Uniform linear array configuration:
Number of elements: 12
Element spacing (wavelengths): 0.25
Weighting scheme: cosine
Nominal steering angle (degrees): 0
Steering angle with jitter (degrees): -1.85
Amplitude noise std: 0.05
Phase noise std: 0.05

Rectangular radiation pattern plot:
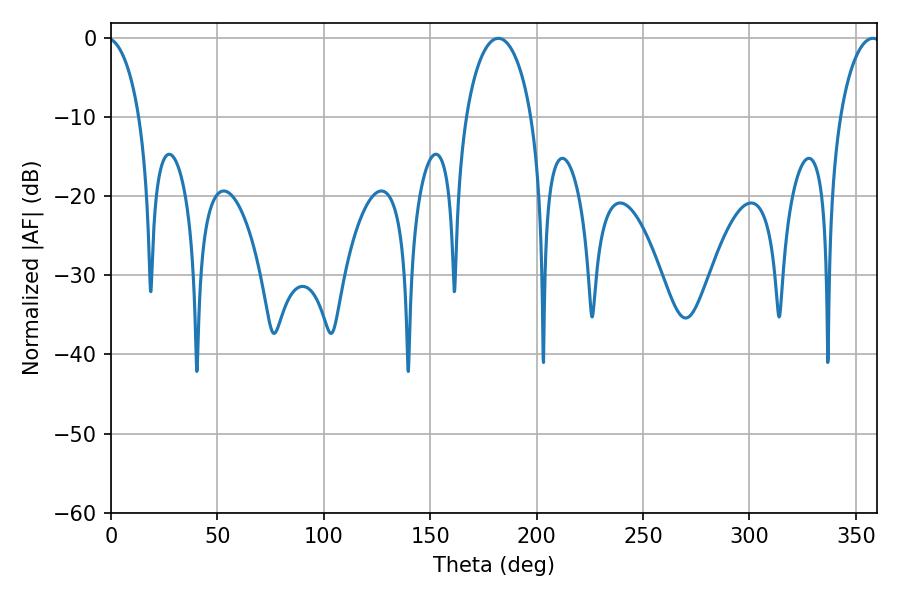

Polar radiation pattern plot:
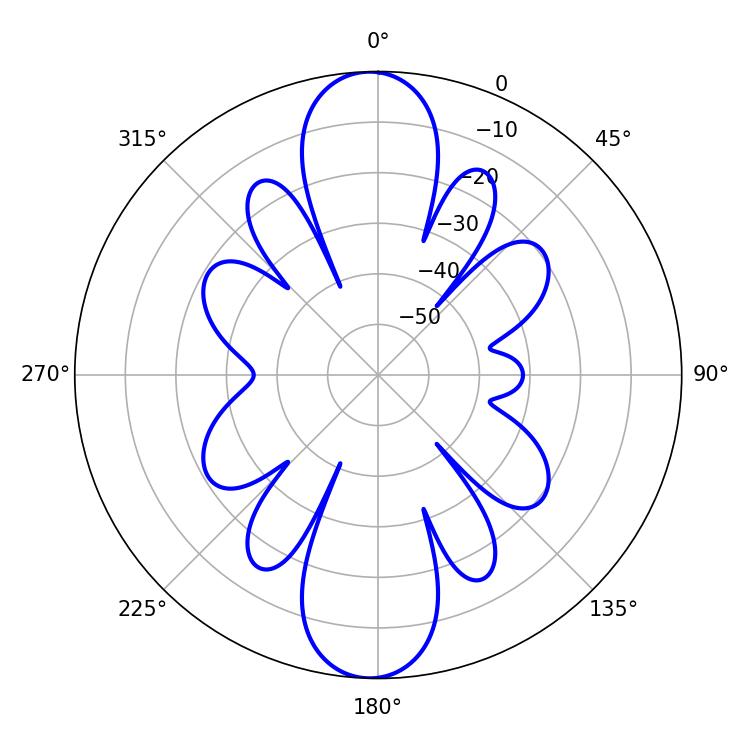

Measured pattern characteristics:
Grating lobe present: FALSE
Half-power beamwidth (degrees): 17.64
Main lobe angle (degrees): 181.98